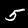
Label: 5